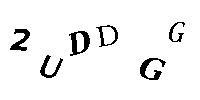
2UDDGG